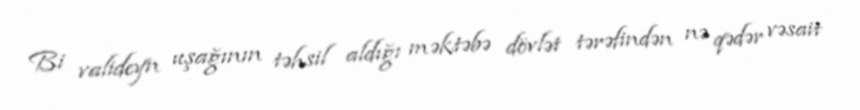
Bi valideyn uşağının təhsil aldığı məktəbə dövlət tərəfindən nə qədər vəsait